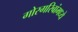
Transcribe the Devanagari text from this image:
गोरगरिबांमध्ये